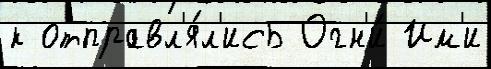
к отправл'я́л'ись Огн'и́ Им'и